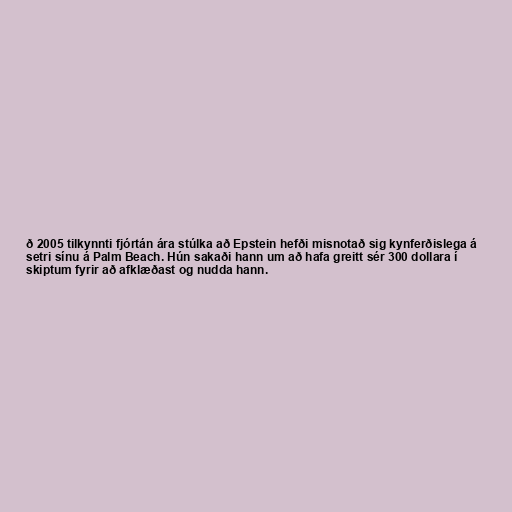
ð 2005 tilkynnti fjórtán ára stúlka að Epstein hefði misnotað sig kynferðislega á
setri sínu á Palm Beach. Hún sakaði hann um að hafa greitt sér 300 dollara í
skiptum fyrir að afklæðast og nudda hann.